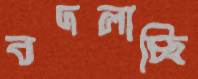
বদলাচ্ছি